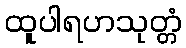
ထူပါရဟသုတ္တံ